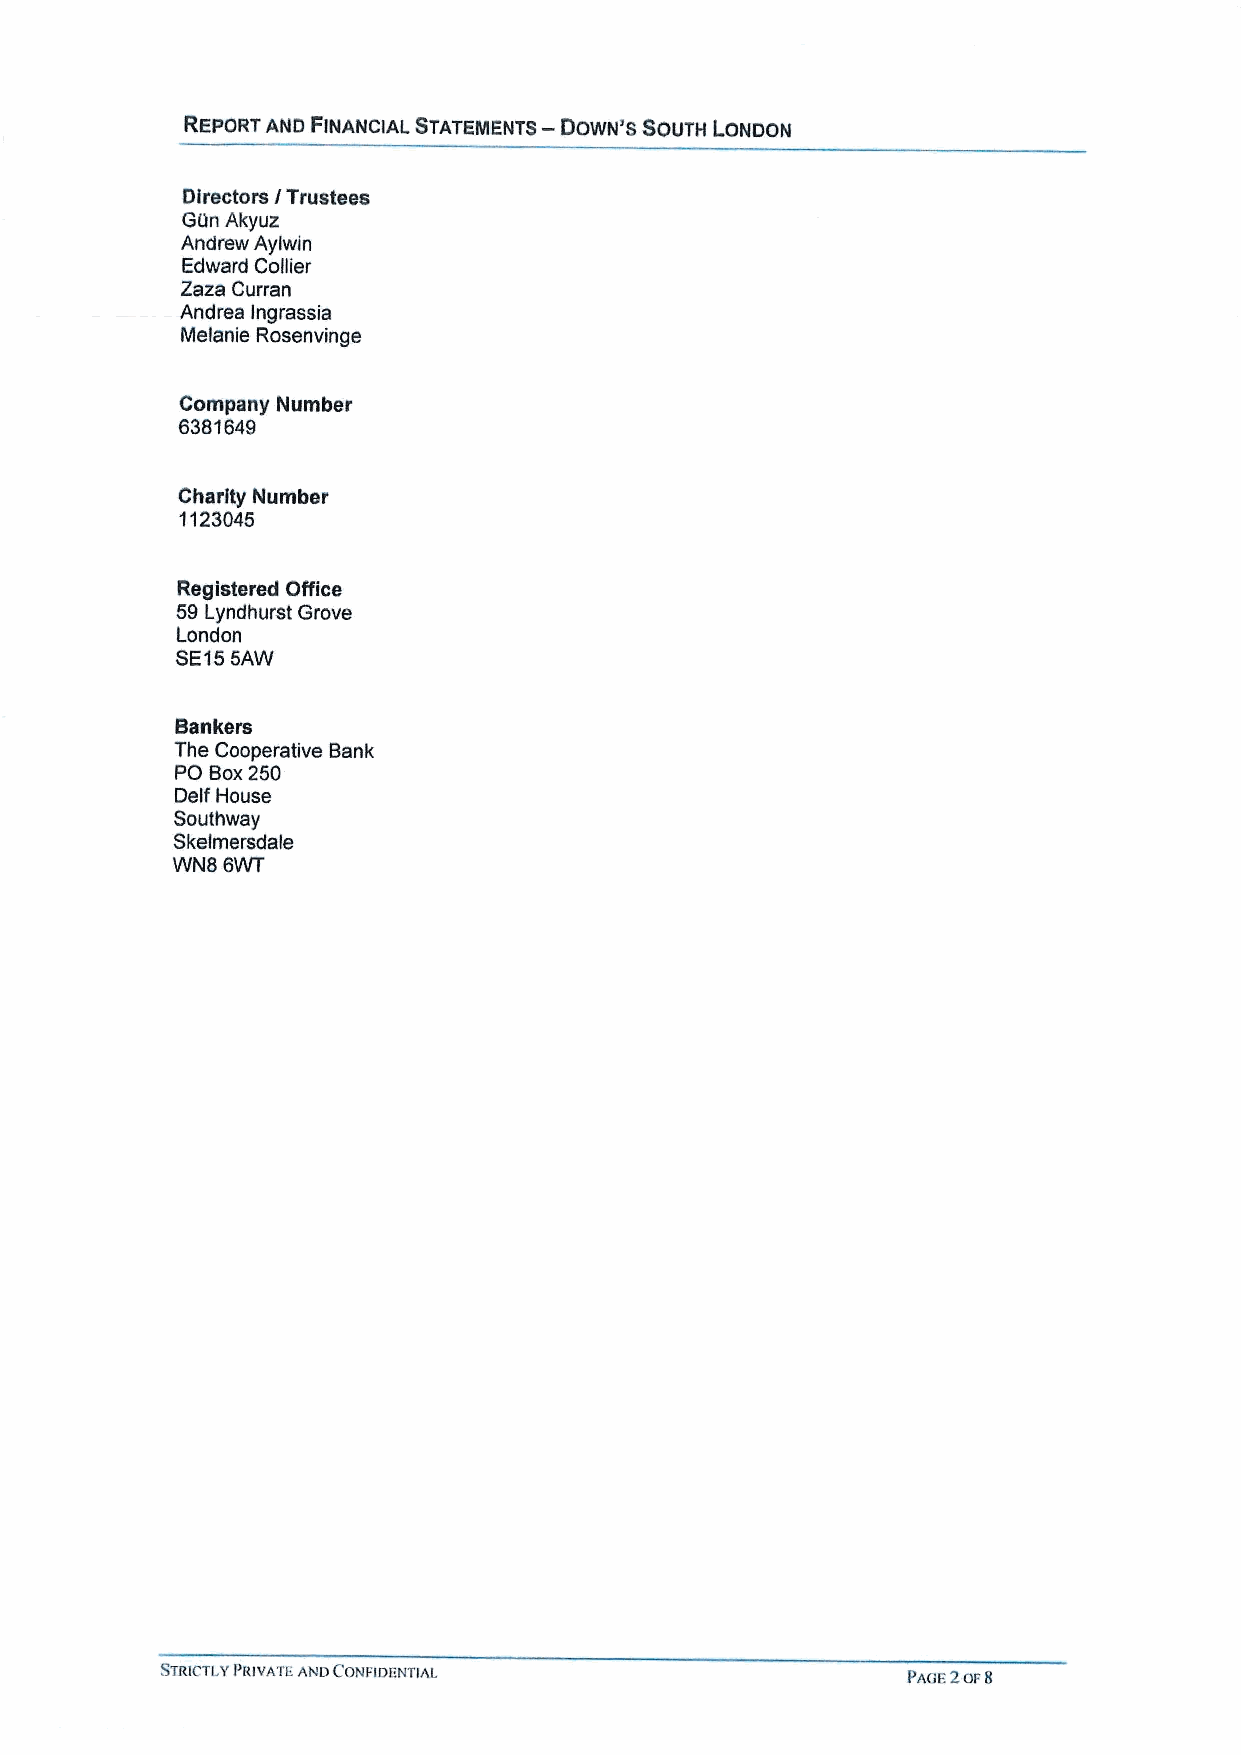
—
 REPORT AND FINANCIAL STATEINENTS DOWN'8 SOUTH LONDON
 Directors ITrustees
 GDIn Akyuz
 Andrew Aylwin
 Edward Collier
 Zaza Curran
 Andrea lngrassia
 Melanic Rosenvinge
 Company Number
 6381649
 Charity Number
 1123045
 Registered Office
 59Lyndhurst Grove
 London
 SE155AW
 Bankers
 The Cooperative Bank
 PO Box250
 Delf House
 Southway
 Skelrnersdale
 WN8 6WT
 STRICTLYPRIVATE AND CONFIDENTIAL                 PAOE2oF 8